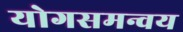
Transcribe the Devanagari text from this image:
योगसमन्वय